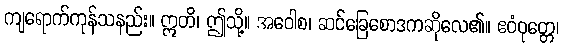
ကျရောက်ကုန်သနည်း။ ဣတိ၊ ဤသို့။ အဝေါစ၊ ဆင်ခြေစောဒကဆိုလေ၏။ ဧဝံဝုတ္တေ၊